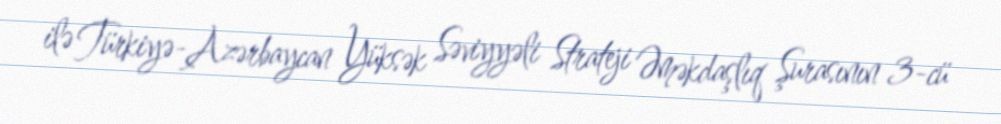
ilə Türkiyə-Azərbaycan Yüksək Səviyyəli Strateji Əməkdaşlıq Şurasının 3-cü